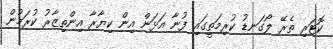
ކޮޓަރި ތެރޭ ލޯގަނޑު ކުރިމަތީގައި ފުނާ އަޅަން އިން ކިޔާރާ އިންތިޒާރު ކުރަމުން